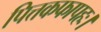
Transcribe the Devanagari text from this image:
पित्तकफापहः।